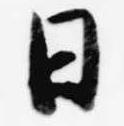
日